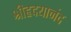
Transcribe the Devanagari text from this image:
श्रीहृदयानंद